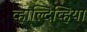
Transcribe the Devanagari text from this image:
व्हाल्दिव्हिया